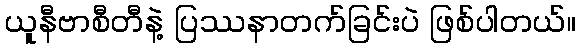
ယူနီဗာစီတီနဲ့ ပြဿနာတက်ခြင်းပဲ ဖြစ်ပါတယ်။